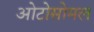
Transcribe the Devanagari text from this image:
ओटोसोमल